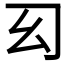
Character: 𢆱